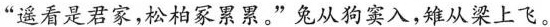
”遥看是君家，松柏冢累累。”兔从狗窦入，雉从梁上飞。